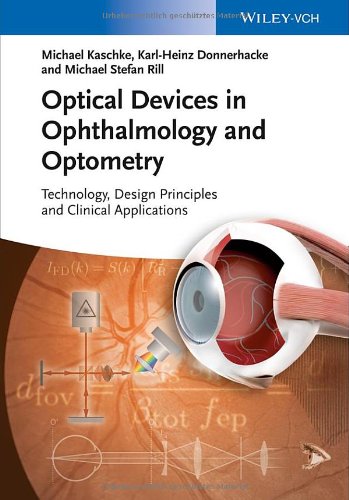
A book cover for Optical Devices in Ophthalmology and Optometry: Technology, Design Principles and Clinical Applications; Michael Kaschke; Medical Books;